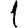
Digit: 1